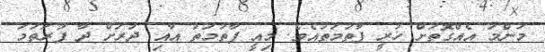
މަންމަ އެއްގޮތަށް ހުރީ ފާތުމަތުއެވެ. މިއީ ފާތުމަތު އާއި ދުރަށް ދާ ފުރަތަމަ